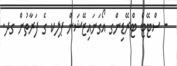
- ސްޓޭޓް ޓްރޭޑިންގ އޯގަނައިޒޭޝަން ޕލކ ގެ ފަރާތުން ގދ.